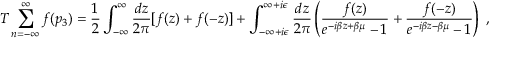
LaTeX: T \sum _ { n = - \infty } ^ { \infty } f ( p _ { 3 } ) = \frac { 1 } { 2 } \int _ { - \infty } ^ { \infty } \frac { d z } { 2 \pi } [ f ( z ) + f ( - z ) ] + \int _ { - \infty + i \epsilon } ^ { \infty + i \epsilon } \frac { d z } { 2 \pi } \left( \frac { f ( z ) } { e ^ { - i \beta z + \beta \mu } - 1 } + \frac { f ( - z ) } { e ^ { - i \beta z - \beta \mu } - 1 } \right) \; ,